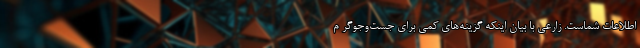
اطلاعات شماست. زارعی با بیان اینکه گزینه‌های کمی برای جست‌وجوگر م